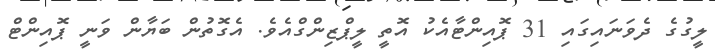
ލީގުގެ ދެވަނައިގައި 31 ޕޮއިންޓާއެކު އޮތީ ލީޕްޒިންގްއެވެ. އެގޮތުން ބަޔާން ވަނީ ޕޮއިންޓް